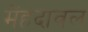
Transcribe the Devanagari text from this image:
मेंहदावल